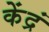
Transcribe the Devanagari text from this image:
केंद्रं